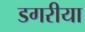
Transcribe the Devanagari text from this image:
डगरीया